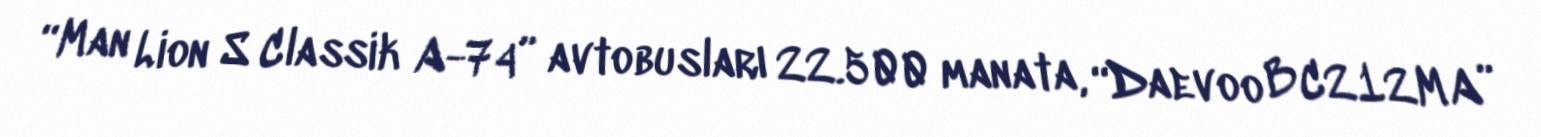
“Man Lion S Classik A-74” avtobusları 22.500 manata, “Daevoo BC212MA”